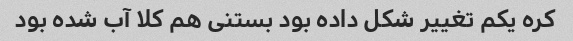
کره یکم تغییر شکل داده بود بستنی هم کلا آب شده بود